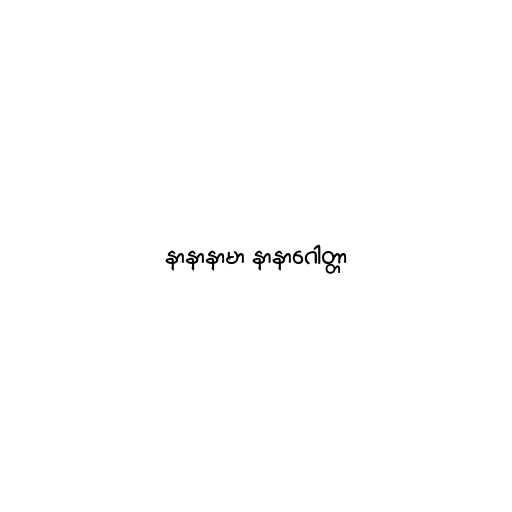
နာနာနာမာ နာနာဂေါတ္တာ